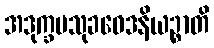
အဒုက္ခမသုခဝေဒနိယဉ္စာတိ